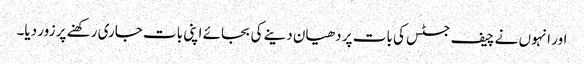
اور انہوں نے چیف جسٹس کی بات پر دھیان دینے کی بجائے اپنی بات جاری رکھنے پر زور دیا۔